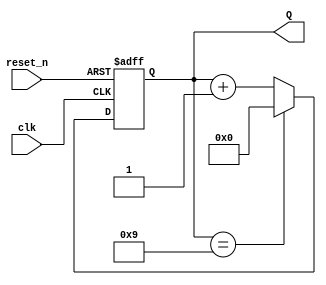
module decade_asynchronous_counter (
    input wire clk,          // External trigger signal
    input wire reset_n,      // Active low reset signal
    output reg [3:0] Q       // 4-bit output representing the count
);

// Asynchronous reset and counting logic
always @(posedge clk or negedge reset_n) begin
    if (!reset_n) begin
        Q <= 4'b0000;       // Reset count to 0
    end else begin
        if (Q == 4'b1001) begin
            Q <= 4'b0000;   // Reset to 0 when count reaches 10 (1010)
        end else begin
            Q <= Q + 4'b0001; // Increment the count
        end
    end
end

endmodule